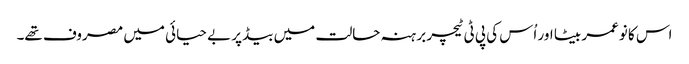
اس کا نوعمر بیٹا اور اُس کی پی ٹی ٹیچر برہنہ حالت میں بیڈ پر بے حیائی میں مصروف تھے۔